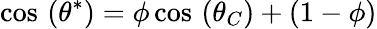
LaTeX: \cos\, \left(\theta^{*}\right)=\phi\cos\, \left(\theta_{C}\right)+\left(1-\phi\right)